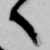
へ